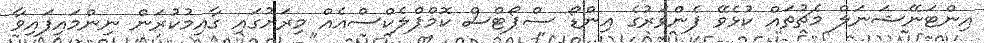
އިންޓަނޭޝަނަލް މެޗުތައް ކުޅެވޭ ފެންވަރުގެ އިންޑޯ ސްޕޯޓްސް ކޮމްޕްލެކްސްއެއް މިރަށުގައި ގާއިމުކުރަން ނިންމައިފައިވާ